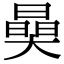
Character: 𣊖